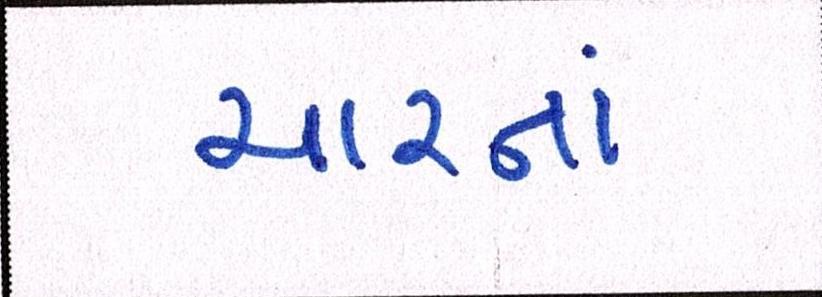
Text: ચારનાં